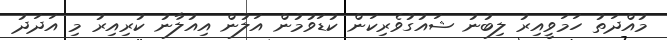
މުއްދަތު ހަމަވީއިރު ލިބުނު ޝައުގުވެރިކަން ކުޑަވުމުން އަލުން އިއުލާނު ކުރިއިރު މި އަދަދު